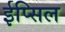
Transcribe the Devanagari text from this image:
ईप्सिल